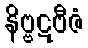
နိဗ္ဗဋဗီဇံ